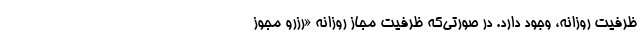
ظرفیت روزانه، وجود دارد. در صورتی‌که ظرفیت مجاز روزانه «رزرو مجوز